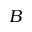
B